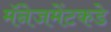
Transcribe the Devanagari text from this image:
मॅनेजमेंटकडे